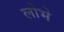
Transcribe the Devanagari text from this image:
लोभे